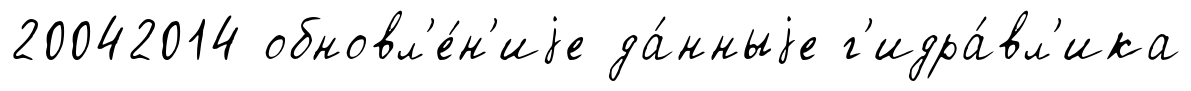
20042014 обновл'е́н'иjе да́нныjе г'идра́вл'ика